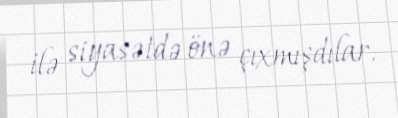
ilə siyasətdə önə çıxmışdılar.